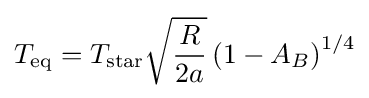
{T}_{\rm {eq}}=T_{\rm {star}}{\sqrt {\frac {R}{2a}}}\left(1-A_{B}\right)^{1/4}